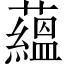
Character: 蘊